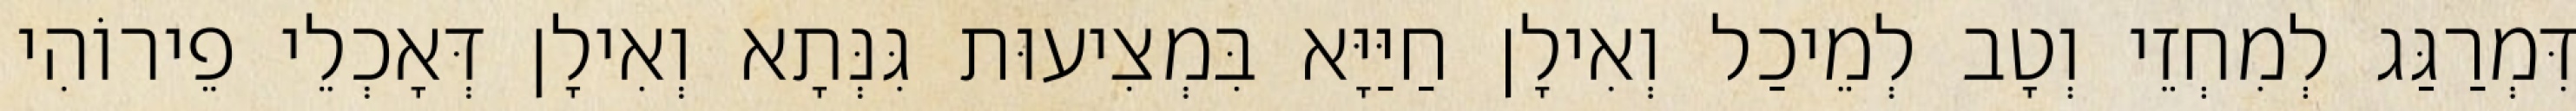
דִּמְרַגַּג לְמִחְזֵי וְטָב לְמֵיכַל וְאִילָן חַיַּיָּא בִּמְצִיעוּת גִּנְּתָא וְאִילָן דְּאָכְלֵי פֵירוֹהִי